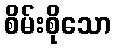
စိမ်းစိုသော